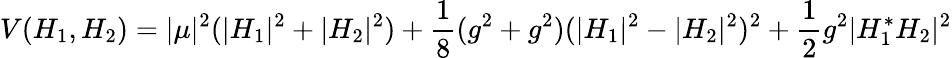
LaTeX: V(H_{1},H_{2})=|\mu|^{2}(|H_{1}|^{2}+|H_{2}|^{2})+\frac{1}{8}(g^{2}+g^{2})(|H_{1}|^{2}-|H_{2}|^{2})^{2}+\frac{1}{2}g^{2}|H_{1}^{*}H_{2}|^{2}